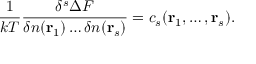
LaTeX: { \frac { 1 } { k T } } { \frac { \delta ^ { s } \Delta F } { \delta n ( \mathbf { r } _ { 1 } ) \dots \delta n ( \mathbf { r } _ { s } ) } } = c _ { s } ( \mathbf { r } _ { 1 } , \dots , \mathbf { r } _ { s } ) .